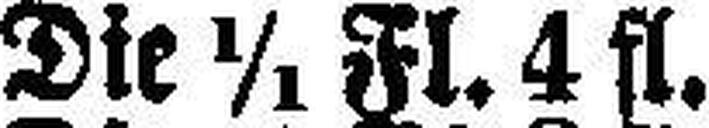
Die 1/1 Fl. 4 fl.